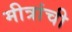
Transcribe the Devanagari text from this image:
मीत्रांची